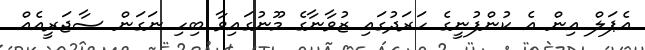
އެޕަލް އިން އެ ކުންފުނީގެ ހަރަދުގައި ޒުވާނާގެ މޫނުގައިވާ ބިހި ނަގަން ސާޖަރީއެއް